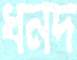
ধনদ